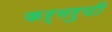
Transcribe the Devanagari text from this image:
कर्मरुपी